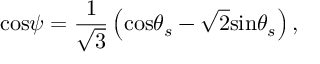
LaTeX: \mathrm { c o s } \psi = \frac { 1 } { \sqrt { 3 } } \left( \mathrm { c o s } \theta _ { s } - \sqrt { 2 } \mathrm { s i n } \theta _ { s } \right) ,